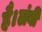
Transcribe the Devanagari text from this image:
है।लंबी